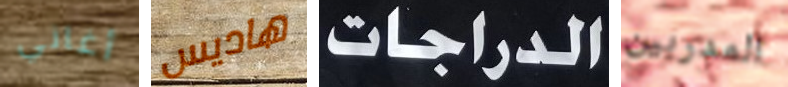
أغاني هاديس الدراجات المدربين